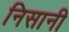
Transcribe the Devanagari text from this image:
निसानी